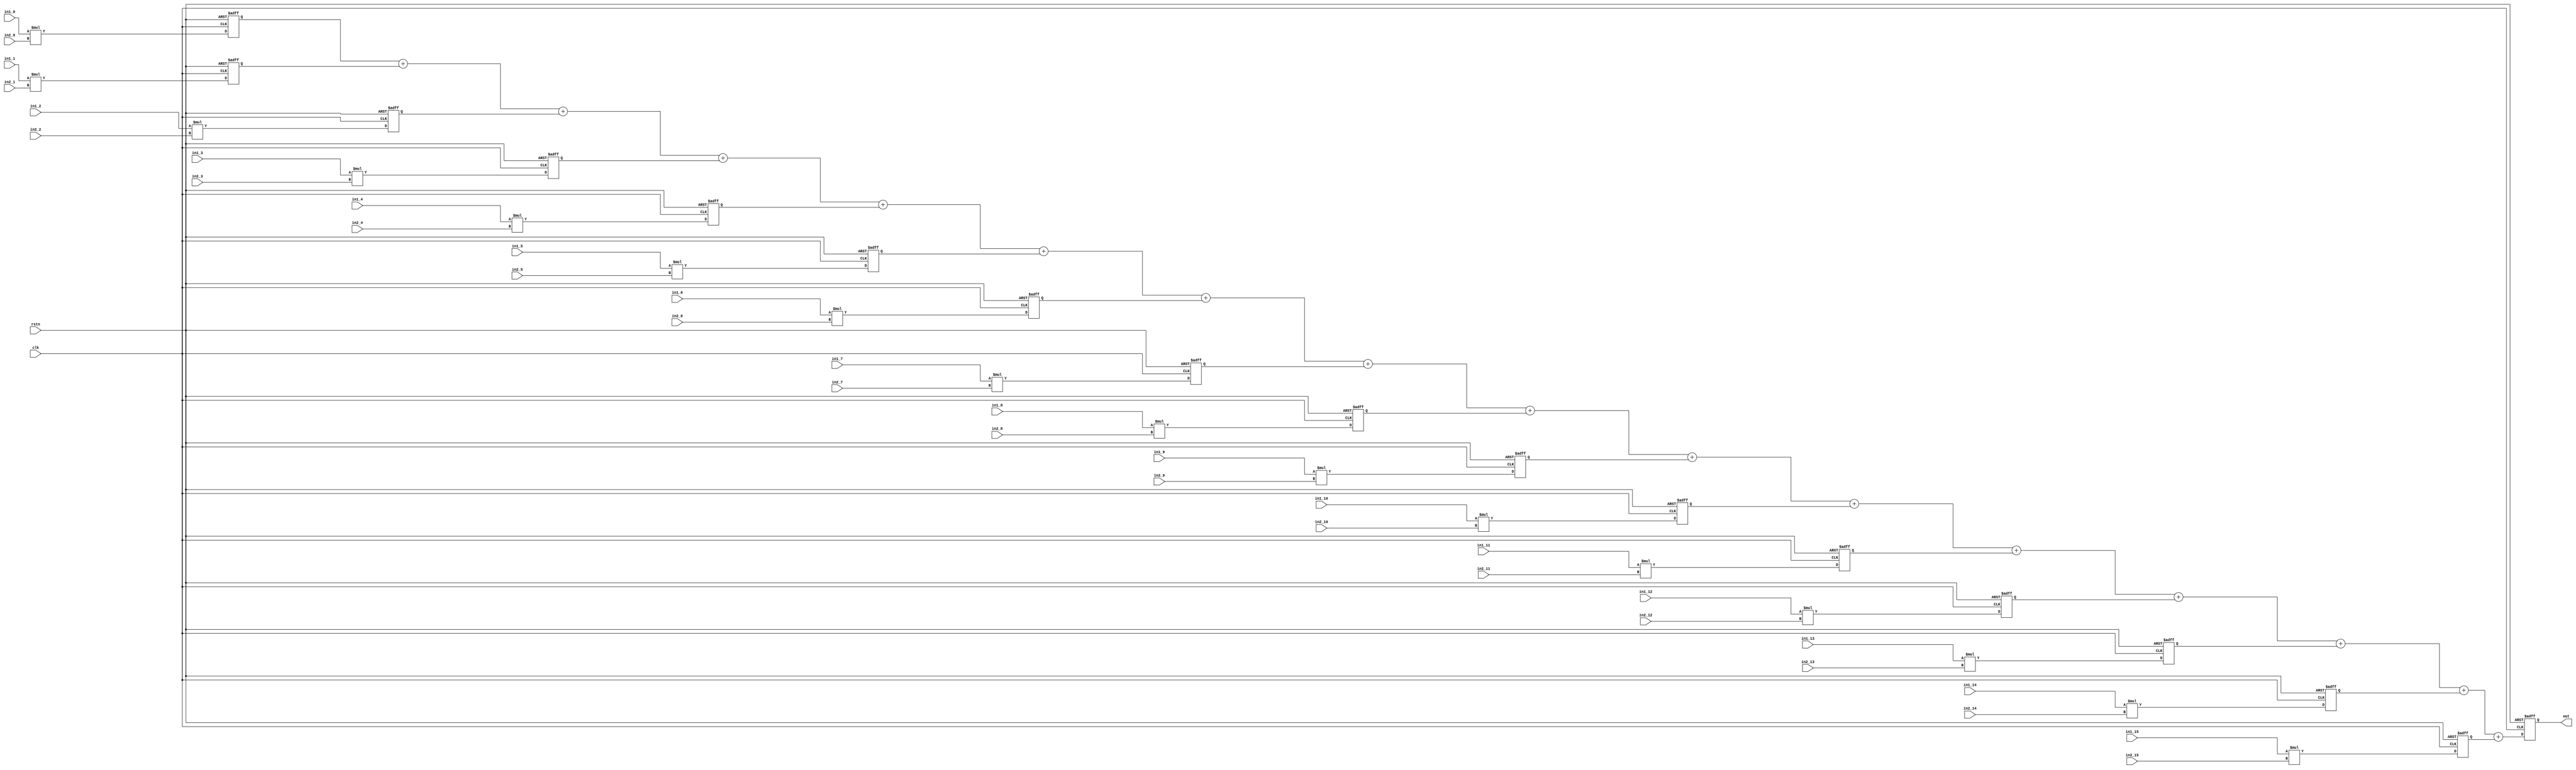
`timescale 1ns/1ps

module mac_b16_s16 (
clk,
rstn,
//in1
in1_0  ,
in1_1  ,
in1_2  ,
in1_3  ,
in1_4  ,
in1_5  ,
in1_6  ,
in1_7  ,
in1_8  ,
in1_9  ,
in1_10 ,
in1_11 ,
in1_12 ,
in1_13 ,
in1_14 ,
in1_15 ,
//in2, 
in2_0  ,
in2_1  ,
in2_2  ,
in2_3  ,
in2_4  ,
in2_5  ,
in2_6  ,
in2_7  ,
in2_8  ,
in2_9  ,
in2_10 ,
in2_11 ,
in2_12 ,
in2_13 ,
in2_14 ,
in2_15 ,
// 
out
);

input clk;
input rstn;
//in1
input signed [15:0] in1_0  ;
input signed [15:0] in1_1  ;
input signed [15:0] in1_2  ;
input signed [15:0] in1_3  ;
input signed [15:0] in1_4  ;
input signed [15:0] in1_5  ;
input signed [15:0] in1_6  ;
input signed [15:0] in1_7  ;
input signed [15:0] in1_8  ;
input signed [15:0] in1_9  ;
input signed [15:0] in1_10 ;
input signed [15:0] in1_11 ;
input signed [15:0] in1_12 ;
input signed [15:0] in1_13 ;
input signed [15:0] in1_14 ;
input signed [15:0] in1_15 ;
//in2, 
input signed [15:0] in2_0  ;
input signed [15:0] in2_1  ;
input signed [15:0] in2_2  ;
input signed [15:0] in2_3  ;
input signed [15:0] in2_4  ;
input signed [15:0] in2_5  ;
input signed [15:0] in2_6  ;
input signed [15:0] in2_7  ;
input signed [15:0] in2_8  ;
input signed [15:0] in2_9  ;
input signed [15:0] in2_10 ;
input signed [15:0] in2_11 ;
input signed [15:0] in2_12 ;
input signed [15:0] in2_13 ;
input signed [15:0] in2_14 ;
input signed [15:0] in2_15 ;
// output
output signed [35:0] out;

// prod;
reg signed [31:0] prod_0  ;
reg signed [31:0] prod_1  ;
reg signed [31:0] prod_2  ;
reg signed [31:0] prod_3  ;
reg signed [31:0] prod_4  ;
reg signed [31:0] prod_5  ;
reg signed [31:0] prod_6  ;
reg signed [31:0] prod_7  ;
reg signed [31:0] prod_8  ;
reg signed [31:0] prod_9  ;
reg signed [31:0] prod_10 ;
reg signed [31:0] prod_11 ;
reg signed [31:0] prod_12 ;
reg signed [31:0] prod_13 ;
reg signed [31:0] prod_14 ;
reg signed [31:0] prod_15 ;

always @ (posedge clk or negedge rstn) begin
	if (rstn == 1'b0) begin
		prod_0  <= 32'b0;
		prod_1  <= 32'b0;
		prod_2  <= 32'b0;
		prod_3  <= 32'b0;
		prod_4  <= 32'b0;
		prod_5  <= 32'b0;
		prod_6  <= 32'b0;
		prod_7  <= 32'b0;
		prod_8  <= 32'b0;
		prod_9  <= 32'b0;
		prod_10 <= 32'b0;
		prod_11 <= 32'b0;
		prod_12 <= 32'b0;
		prod_13 <= 32'b0;
		prod_14 <= 32'b0;
		prod_15 <= 32'b0;
	end else begin
		prod_0  <= in1_0  * in2_0 ;
		prod_1  <= in1_1  * in2_1 ;
		prod_2  <= in1_2  * in2_2 ;
		prod_3  <= in1_3  * in2_3 ;
		prod_4  <= in1_4  * in2_4 ;
		prod_5  <= in1_5  * in2_5 ;
		prod_6  <= in1_6  * in2_6 ;
		prod_7  <= in1_7  * in2_7 ;
		prod_8  <= in1_8  * in2_8 ;
		prod_9  <= in1_9  * in2_9 ;
		prod_10 <= in1_10 * in2_10;
		prod_11 <= in1_11 * in2_11;
		prod_12 <= in1_12 * in2_12;
		prod_13 <= in1_13 * in2_13;
		prod_14 <= in1_14 * in2_14;
		prod_15 <= in1_15 * in2_15;
	end
end

// out, psum
wire [35:0] psum;
assign psum = prod_0   +  prod_1   +  prod_2   +  prod_3 
            + prod_4   +  prod_5   +  prod_6   +  prod_7 
            + prod_8   +  prod_9   +  prod_10  +  prod_11 
            + prod_12  +  prod_13  +  prod_14  +  prod_15 ;
reg [35:0] out;
always @ (posedge clk or negedge rstn) begin
	if (rstn == 1'b0) begin
		out		<= 36'b0;
	end else begin
		out		<= psum;
	end
end

endmodule